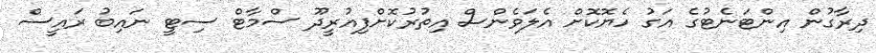
ދިރާގުން އިންޓަނެޓުގެ އަގު ހެޔޮކޮށް އެލަވެންސް އިތުރުކޮށްފިއުރީދޫ ސްމާޓް ސިޓީ ނައިބު ރައީސް